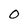
Character: 0